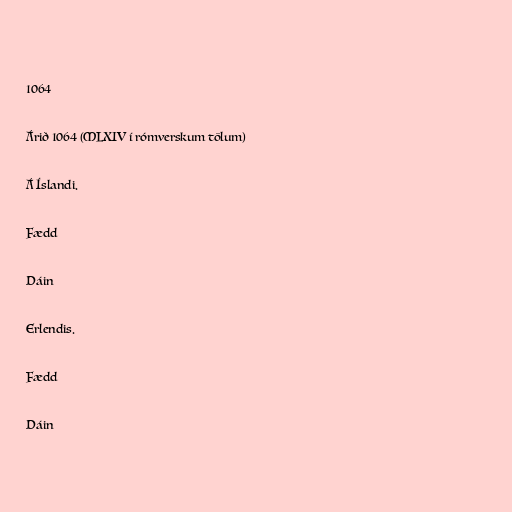
1064

Árið 1064 (MLXIV í rómverskum tölum)

Á Íslandi.

Fædd

Dáin

Erlendis.

Fædd

Dáin